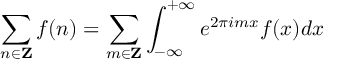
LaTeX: \sum _ { n \in { \bf Z } } f ( n ) = \sum _ { m \in { \bf Z } } \int _ { - \infty } ^ { + \infty } e ^ { 2 \pi i m x } f ( x ) d x